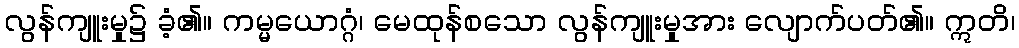
လွန်ကျူးမှု၌ ခံ့၏။ ကမ္မယောဂ္ဂံ၊ မေထုန်စသော လွန်ကျူးမှုအား လျောက်ပတ်၏။ ဣတိ၊